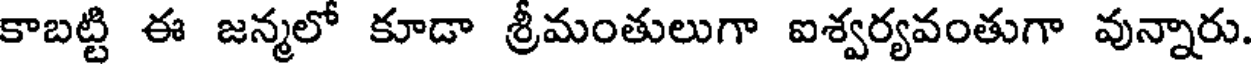
కాబట్టి ఈ జన్మలో కూడా శ్రీమంతులుగా ఐశ్వర్యవంతుగా వున్నారు.